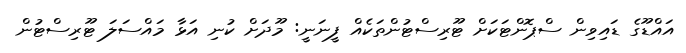
އައްޑޫގެ ޑައިވިން ސްޕޮންޓަކަށް ޓޫރިސްޓުންތަކެއް ފީނަނީ: މޫދަށް ކުނި އަޅާ މައްސަލަ ޓޫރިސްޓުން